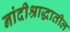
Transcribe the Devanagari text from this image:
नांदीश्राद्धातील